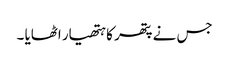
جس نے پتھر کا ہتھیار اٹھایا ۔